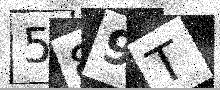
Text: 589T